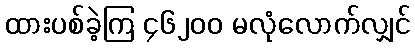
ထားပစ်ခဲ့ကြ ၄၆၂၀၀ မလုံလောက်လျှင်